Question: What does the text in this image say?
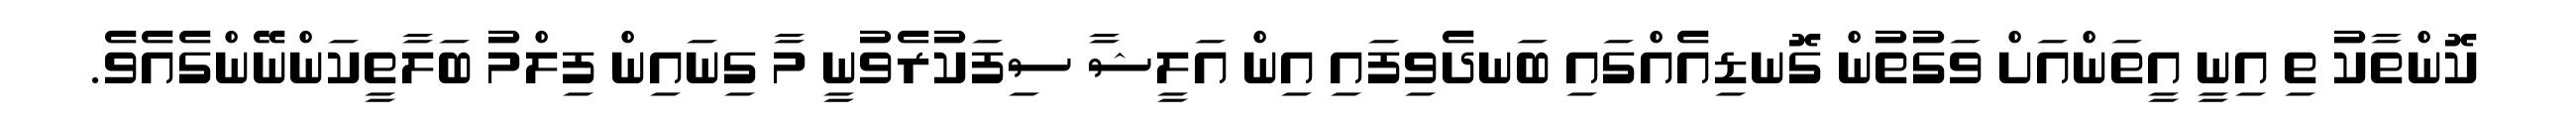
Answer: ކޮންތާކު ތި އިނީ އީތަންއަށް ވަގުތުން ގޮނޑިއެއްގައި ބަނދެވިފައި އިން އަލީޝާ ސިފަކުރެވުނީ މާ ގިނައިން ފިލްމު ބަލާތީކަންނޭންގެއެވެ.